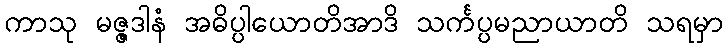
ကာသု မဇ္ဇဒါနံ အဓိပ္ပါယောတိအာဒိ သင်္ကပ္ပမညာယာတိ သရမှာ